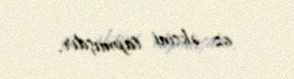
oz əksini tapmışdır.